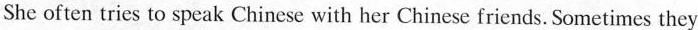
She often tries to speak Chinese with her Chinese friends.Sometimes they